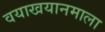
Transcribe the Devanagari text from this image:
वयाखयानमाला